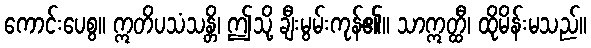
ကောင်းပေစွ။ ဣတိပသံသန္တိ၊ ဤသို့ ချီးမွမ်းကုန်၏။ သာဣတ္ထီ၊ ထိုမိန်းမသည်။